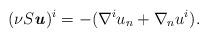
LaTeX: \begin{align*} (\nu S\textbf{\textit{u}})^i = -(\nabla^i u_n + \nabla_n u^i). \end{align*}